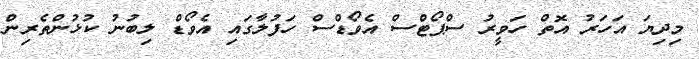
މިދިޔަ އަހަރު އޮތް ހަވީރު ސްޕޯޓްސް އެވޯޑްސް ހަފުލާގައި އެވޯޑް ލިބުނު ކުޅުންތެރިން